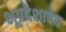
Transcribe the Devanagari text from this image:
भूप्रदेशाचेच